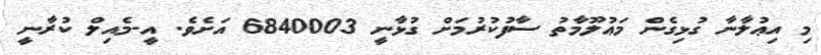
މި އިޢުލާނާ ގުޅިގެން މަޢުލޫމާތު ސާފުކުރުމަށް ގުޅާނީ 6840003 އަށެވެ. އީ-މެއިލް ކުރާނީ